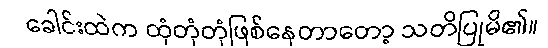
ခေါင်းထဲက ထုံတုံတုံဖြစ်နေတာတော့ သတိပြုမိ၏။